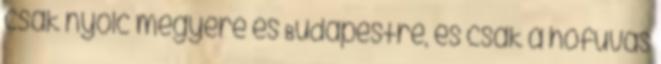
csak nyolc megyére és Budapestre, és csak a hófúvás